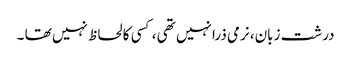
درشت زبان، نرمی ذرا نہیں تھی ، کسی کا لحاظ نہیں تھا ۔